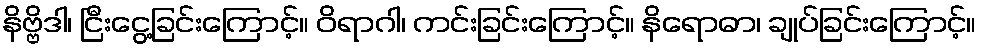
နိဗ္ဗိဒါ၊ ငြီးငွေ့ခြင်းကြောင့်။ ဝိရာဂါ၊ ကင်းခြင်းကြောင့်။ နိရောဓာ၊ ချုပ်ခြင်းကြောင့်။